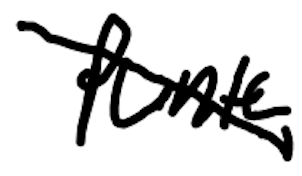
Text: Punta
Cross-out: diagonal
Writing tool: digital_black